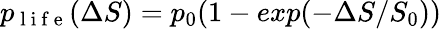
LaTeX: p_{\mathrm{~l~i~f~e~}}(\Delta S)=p_{0}(1-exp(-\Delta S/S_{0}))